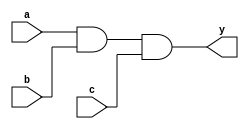
module combinational_logic (
    input wire a,         // First input
    input wire b,         // Second input
    input wire c,         // Third input
    output reg y          // Output
);

// Always block for combinational logic
always @ (a, b, c) begin
    // Combinational expression: y is the logical AND of a, b, and c
    y = a & b & c;  // Blocking assignment
end

endmodule